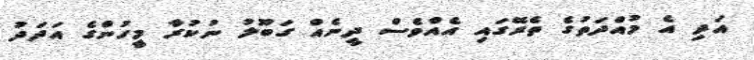
އަދި އެ މުއްދަތުގެ ތެރޭގައި އެއްވެސް ދީނެއް ގަބޫލު ނުކުރާ މީހުންގެ އަދަދު